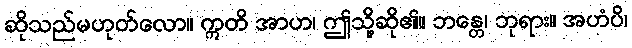
ဆိုသည်မဟုတ်လော။ ဣတိ အာဟ၊ ဤသို့ဆို၏။ ဘန္တေ၊ ဘုရား။ အဟံပိ၊